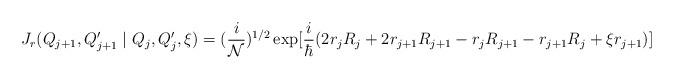
LaTeX: \begin{align*}J_{r}(Q_{j+1}, Q'_{j+1} \mid Q_{j}, Q'_{j}, \xi) = (\frac{i}{\cal N})^{1/2} \exp [ \frac{i}{\hbar}(2 r_{j} R_{j} + 2 r_{j+1} R_{j+1}- r_{j} R_{j+1} - r_{j+1} R_{j} + \xi r_{j+1} )]\end{align*}